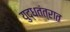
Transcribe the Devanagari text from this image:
युद्धतंत्रात